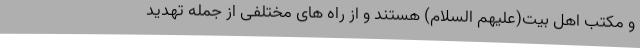
و مکتب اهل بیت(علیهم السلام) هستند و از راه های مختلفی از جمله تهدید